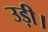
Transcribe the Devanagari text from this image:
उड़ी।